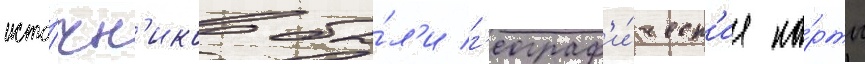
исто́чн'иков бы́л'и г'еограф'и́ческ'ие ка́рты